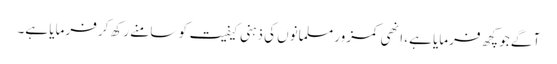
آگے جو کچھ فرمایا ہے، اِنھی کمزور مسلمانوں کی ذہنی کیفیت کو سامنے رکھ کر فرمایا ہے۔